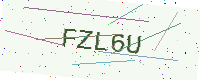
Text: FZL6U